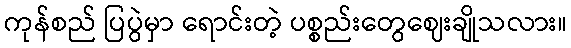
ကုန်စည် ပြပွဲမှာ ရောင်းတဲ့ ပစ္စည်းတွေဈေးချိုသလား။